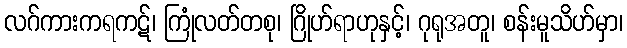
လဂ်ကားကရကဋ်၊ ကြုံလတ်တစု၊ ဂြိုဟ်ရာဟုနှင့်၊ ဂုရုအတူ၊ စန်းမူသိဟ်မှာ၊